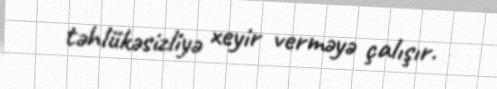
təhlükəsizliyə xeyir verməyə çalışır.